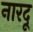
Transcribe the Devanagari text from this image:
नारदू